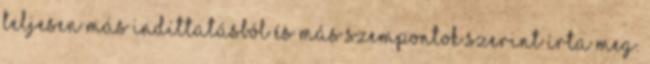
teljesen más indíttatásból és más szempontok szerint írta meg.